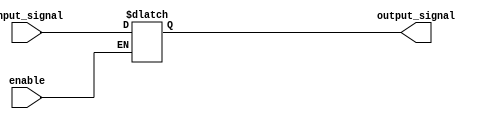
module Buffer_with_enable 
    (input wire input_signal, 
     input wire enable, 
     output reg output_signal);

    always @ (input_signal, enable)
    begin
        if (enable == 1'b1) begin
            output_signal <= input_signal;
        end
    end

endmodule